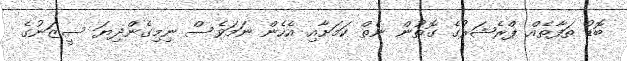
ބޮޑު ތަފާތެއް ޕްރެޝަރުގެ ގޮތުން ނެތް ކަމަށާއި އެހެން ނަމަވެސް ނިމިގެންދިޔަ ސީޒަނުގެ